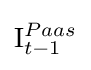
\mathrm {I} _{t-1}^{Paas}